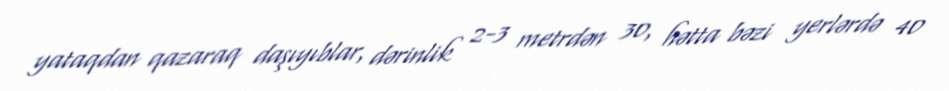
yataqdan qazaraq daşıyıblar, dərinlik 2-3 metrdən 30, hətta bəzi yerlərdə 40